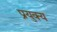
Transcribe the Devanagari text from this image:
प्रयुक्य